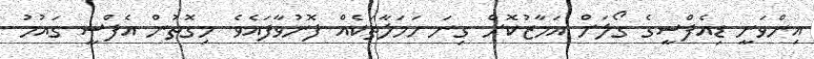
އިންވަނީ ޑިއެފްސީގެ ގޯލަށް އަމާޒުކޮށް ގިނަ ހަމަލާތަކެއް ފޮނުވާފައެވެ. މިގޮތުން އެފްސީ ގައުމު